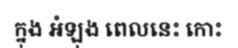
ក្នុង អំឡុង ពេលនេះ កោះ